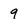
Character: 9